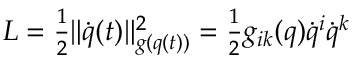
\begin{array} { r } { L = \frac { 1 } { 2 } \| \dot { q } ( t ) \| _ { g ( q ( t ) ) } ^ { 2 } = \frac { 1 } { 2 } g _ { i k } ( q ) \dot { q } ^ { i } \dot { q } ^ { k } } \end{array}